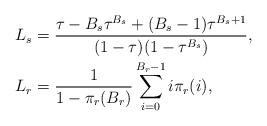
LaTeX: \begin{align*}& L_s=\frac{\tau-B_s\tau^{B_s}+(B_s-1)\tau^{B_s+1}}{(1-\tau)(1-\tau^{B_s})}, \\ & L_r=\frac{1}{1-\pi_r(B_r)}\sum\limits_{i=0}^{B_r-1}{i\pi_r(i)}, \end{align*}